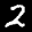
Label: 2